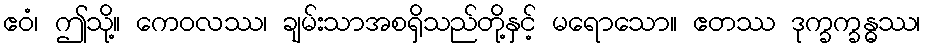
ဧဝံ၊ ဤသို့။ ကေဝလဿ၊ ချမ်းသာအစရှိသည်တို့နှင့် မရောသော။ ဧတဿ ဒုက္ခက္ခန္ဓဿ၊